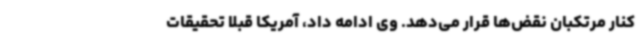
کنار مرتکبان نقض‌ها قرار می‌دهد. وی ادامه داد، آمریکا قبلا تحقیقات